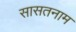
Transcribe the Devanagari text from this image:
सासतनाम